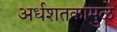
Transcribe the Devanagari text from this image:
अर्धशतकामुळे